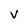
Character: V